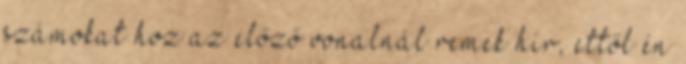
számokat hoz az előző vonalnál remek hír, ettől én